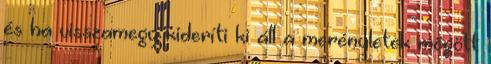
és ha visszamegy kideríti ki áll a merényletek mögött